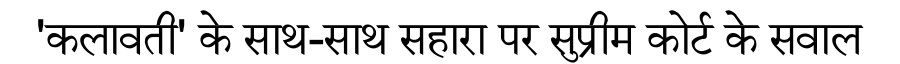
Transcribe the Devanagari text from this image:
'कलावती' के साथ-साथ सहारा पर सुप्रीम कोर्ट के सवाल